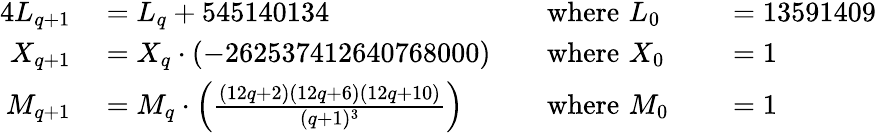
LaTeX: \begin{array}{rlrlrl}{{4}L_{q+1}}&{{}=L_{q}+545140134\, \, }&{}&{{}{\textrm{where}}\, \, L_{0}}&{}&{{}=13591409}\\ {X_{q+1}}&{{}=X_{q}\cdot(-262537412640768000)}&{}&{{}{\textrm{where}}\, \, X_{0}}&{}&{{}=1}\\ {M_{q+1}}&{{}=M_{q}\cdot\left({\frac{(12q+2)(12q+6)(12q+10)}{(q+1)^{3}}}\right)\, \, }&{}&{{}{\textrm{where}}\, \, M_{0}}&{}&{{}=1}\end{array}